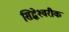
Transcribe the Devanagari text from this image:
सिद्धेश्‍वरीक